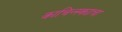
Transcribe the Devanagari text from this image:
काचिन्स्क्याचा